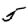
Digit: 5